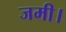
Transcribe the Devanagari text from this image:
जमी।